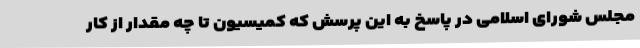
مجلس شورای اسلامی در پاسخ به این پرسش که کمیسیون تا چه مقدار از کار